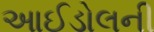
આઈડોલની